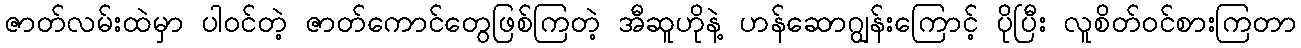
ဇာတ်လမ်းထဲမှာ ပါဝင်တဲ့ ဇာတ်ကောင်တွေဖြစ်ကြတဲ့ အီဆူဟိုနဲ့ ဟန်ဆောဂျွန်းကြောင့် ပိုပြီး လူစိတ်ဝင်စားကြတာ